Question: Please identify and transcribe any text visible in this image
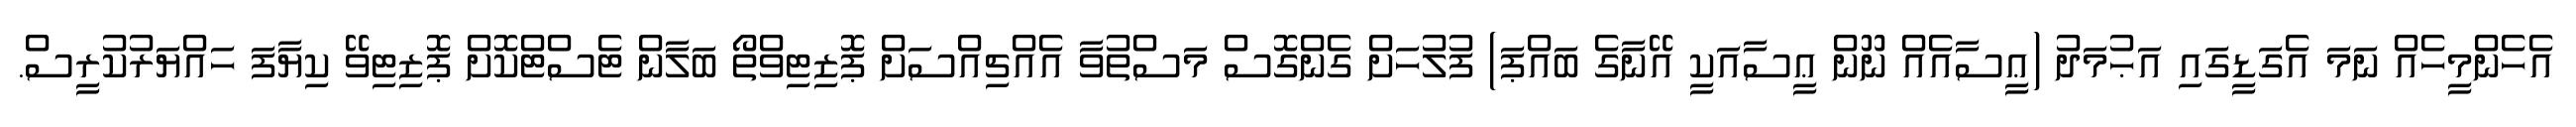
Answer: އެހެންމީހެއް ނަމަ އެގަޑީގައި އަޙުމަދު (ޢީސާއެއް ނޫން ޢީސާއަކީ އޭނާގެ ބައްޕަ) ފުލުހަށް ގެންގޮސް މަސްތުވާ އެއްޗިއްސަށް ޕޮޒިޓިވްތޯ ބަލާން ޓެސްޓްކޮށް ޕޮޒިޓިވޭ ކިޔާފަ ހައްޔަރުކުރީސް.